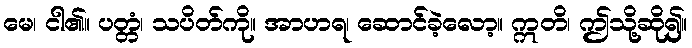
မေ၊ ငါ၏။ ပတ္တံ၊ သပိတ်ကို။ အာဟရ၊ ဆောင်ခဲ့လော့။ ဣတိ၊ ဤသို့ဆို၍။